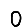
Digit: 0